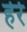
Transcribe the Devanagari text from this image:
हेर्र